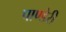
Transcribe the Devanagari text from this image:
पाण्डेरी